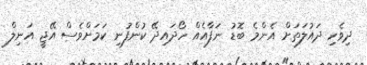
ދިވެހި ދައުލަތަށް އެންމެ ބޮޑު ނަފާއެއް ހޯދައިދޭ ކުންފުނި ކަމަށްވެސް އޭޖީ އަނިލް